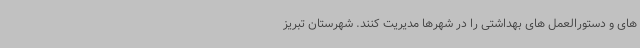
های و دستورالعمل های بهداشتی را در شهرها مدیریت کنند. شهرستان تبریز